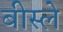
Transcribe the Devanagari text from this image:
बीस्ले